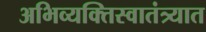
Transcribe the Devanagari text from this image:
अभिव्यक्तिस्वातंत्र्यात